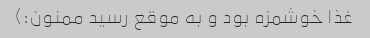
غذا خوشمزه بود و به موقع رسید ممنون:)